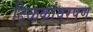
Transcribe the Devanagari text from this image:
टिळकांवरपण